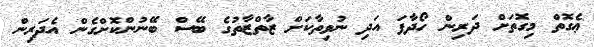
ޢެގޮތް މިގޮތަށް ދަރިން ހޯދާފަ އަދި ނުވިތާކަށް ޒާތްޒާތުގެ ބޭސް ބޭނުންކޮށްގެން އެދަރިން